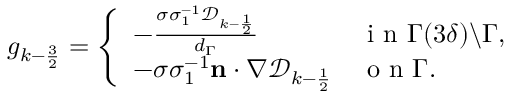
\begin{array} { r } { g _ { k - \frac { 3 } { 2 } } = \left\{ \begin{array} { l l } { - \frac { \sigma \sigma _ { 1 } ^ { - 1 } \mathcal { D } _ { k - \frac { 1 } { 2 } } } { d _ { \Gamma } } } & { \mathrm { ~ i ~ n ~ } \Gamma ( 3 \delta ) \backslash \Gamma , } \\ { - \sigma \sigma _ { 1 } ^ { - 1 } \mathbf { n } \cdot \nabla \mathcal { D } _ { k - \frac { 1 } { 2 } } } & { \mathrm { ~ o ~ n ~ } \Gamma . } \end{array} \right. } \end{array}